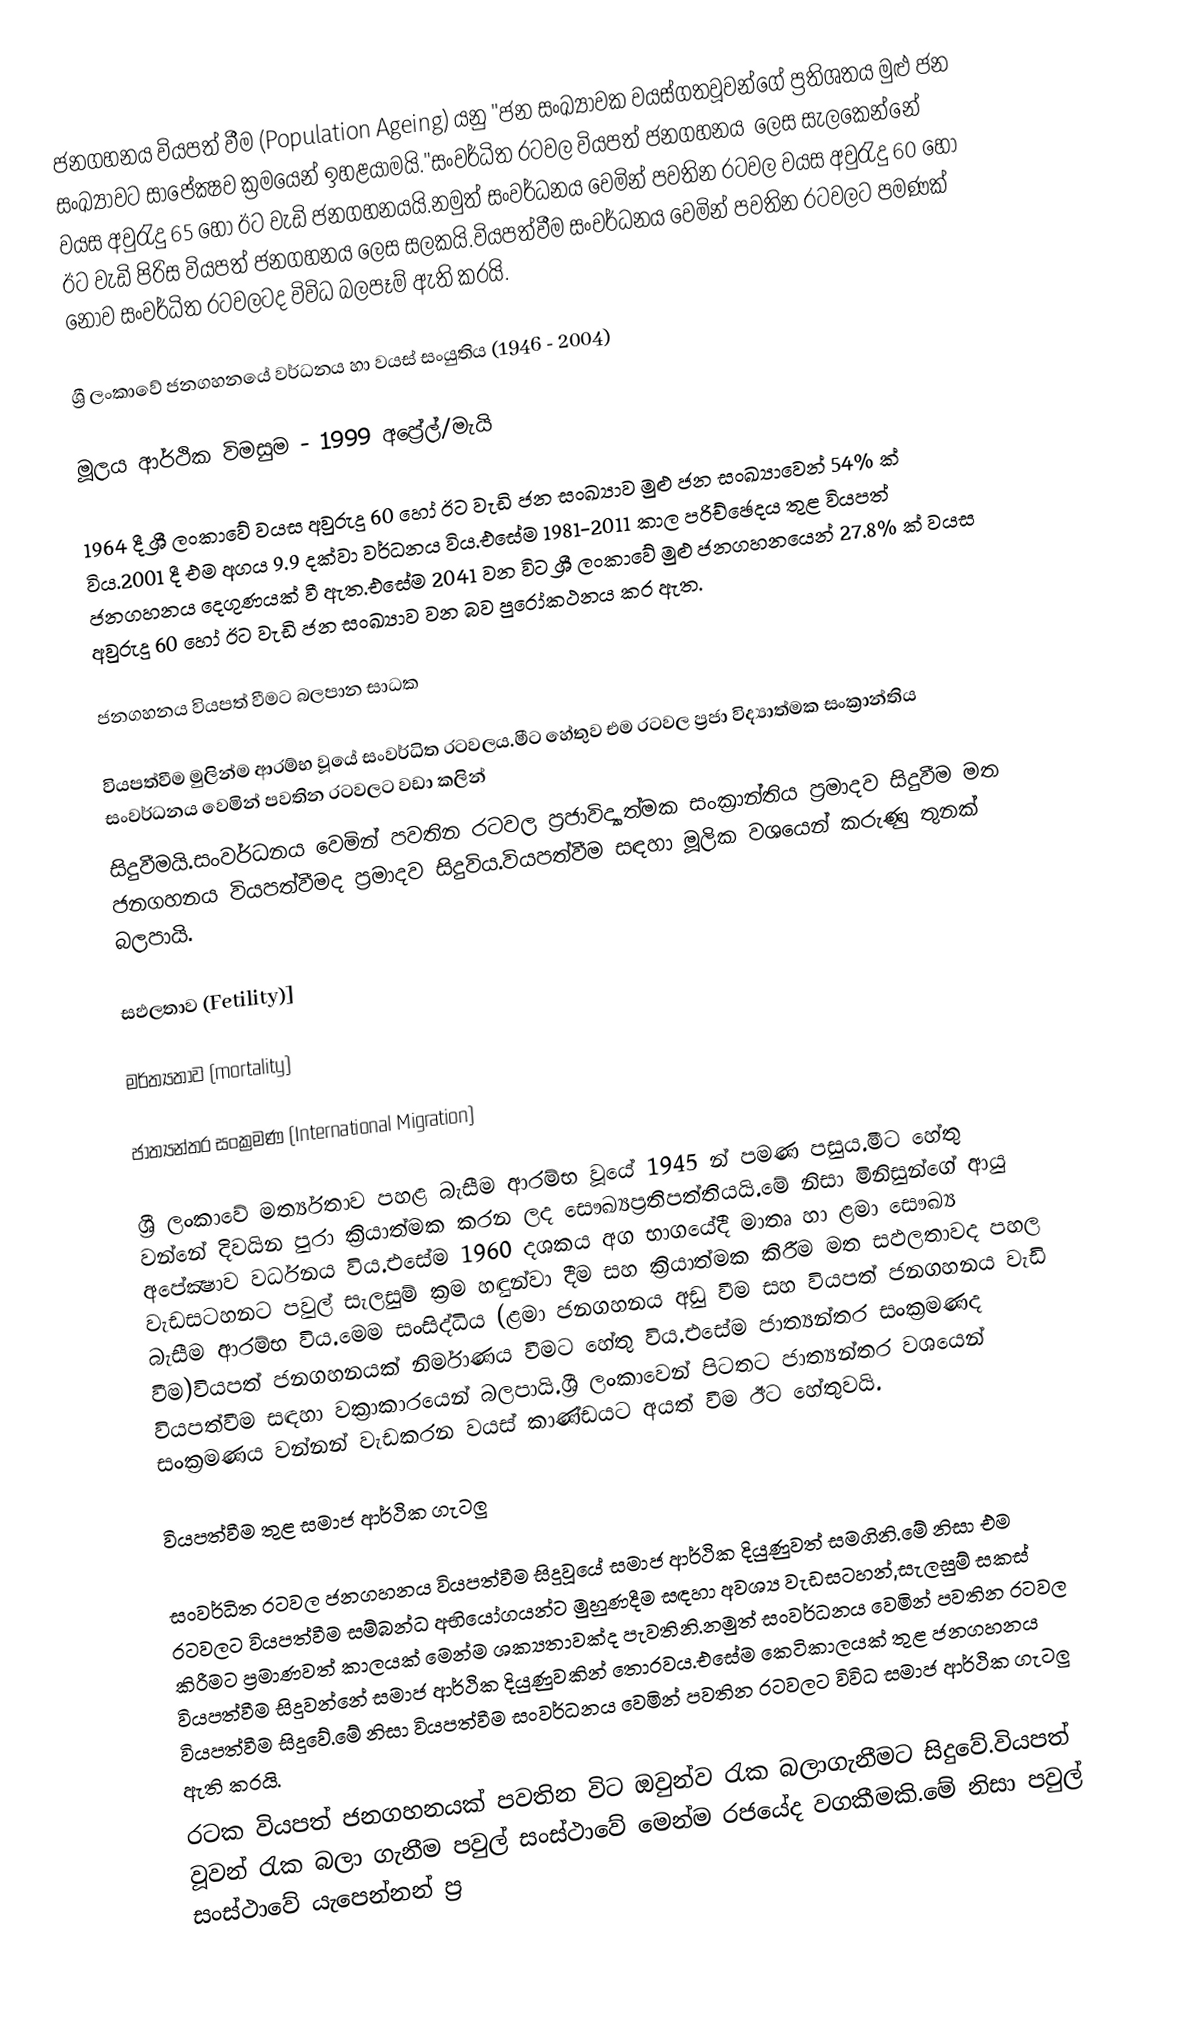
ජනගහනය වියපත් වීම (Population Ageing) යනු "ජන සංඛ්‍යාවක වයස්ගතවූවන්ගේ ප්‍රතිශතය මුළු ජන සංඛ්‍යාවට සාපේක්‍ෂව ක්‍රමයෙන් ඉහළයාමයි."සංවර්ධිත රටවල වියපත් ජන‍ගහනය ‍‍ ‍ලෙස සැලකෙන්නේ වයස අවුරැදු 65 හෝ ඊට වැඩි ජනගහනයයි.නමුත් සංවර්ධනය වෙමින් පවතින රටවල වයස අවුරැදු 60 හෝ ඊට වැඩි පිරිස වියපත් ජනගහන‍ය ලෙස සලකයි.වියපත්වීම සංවර්ධන‍ය වෙමින් පවතින රටවලට පමණක් නොව සංවර්ධිත රටවලටද විවිධ බලපෑම් ඇති කර‍යි.

ශ්‍රී ලංකාවේ ජනගහනයේ වර්ධනය හා වයස් සංයුතිය (1946 - 2004)

මූලය ආර්ථික විමසුම - 1999 අප්‍රේල්/මැයි

1964 දී ශ්‍රී ලංකාවේ වයස අවුරුදු 60 හෝ ඊට වැඩි ජන සංඛ්‍යාව මුළු ජන සංඛ්‍යාවෙන් 54% ක් විය.2001 දී එම අගය 9.9 දක්වා වර්ධනය විය.එසේම 1981-2011 කාල පරිච්ඡෙදය තුළ වියපත් ජනගහනය දෙ‍ගුණයක් වී ඇත.එ‍සේම 2041 වන විට ශ්‍රී ලංකාවේ මුළු ජනගහනයෙන් 27.8% ක් වයස අවුරුදු 60 හෝ ඊට වැඩි ජන සංඛ්‍යාව වන බව පුරෝකථනය කර ඇත.

ජනගහනය වියපත් වීමට බලපාන සාධක

වියපත්වීම මුලින්ම ආරම්භ වූයේ සංවර්ධිත රටවලය.මීට හේතුව එම රටවල ප්‍රජා විද්‍යාත්මක සංක්‍රාන්තිය සංවර්ධනය වෙමින් පවතින රටවලට වඩා කලින්
සිදුවීමයි.සංවර්ධනය වෙමින් පවතින රටවල ප්‍රජාවිද්‍යාත්මක සංක්‍රාන්තිය ප්‍රමාදව සිදුවීම මත ජනගහනය වියපත්වීමද ප්‍රමාදව සිදුවිය.වියපත්වීම සඳහා මූලික වශයෙන් කරුණු තුනක් බලපායි.

සඵලතාව (Fetility)]

මර්ත්‍යතාව (mortality)

ජාත්‍යන්තර සංක්‍රමණ (International Migration)

ශ්‍රී ලංකාවේ මර්ත්‍යතාව පහළ බැසීම ආරම්භ වූයේ 1945 න් පමණ පසුය.මීට හේතු වන්නේ දිවයින පුරා ක්‍රියාත්මක කරන ලද සෞඛ්‍යප්‍රතිපත්තියයි.මේ නිසා මිනිසුන්ගේ ආයු අපේක්‍ෂාව වර්ධනය විය.එසේම 1960 දශකය අග භාගයේදී මාතෘ හා ළමා සෞඛ්‍ය වැඩසටහනට පවුල් සැලසුම් ක්‍රම හඳුන්වා දීම සහ ක්‍රියාත්මක කිරීම මත සඵලතාවද පහල බැසීම ආරම්භ විය.මෙම සංසිද්ධිය (ළමා ජනගහනය අඩු වීම සහ වියපත් ජනගහනය වැඩි වීම)වියපත් ජනගහනයක් නිර්මාණය වීමට හේතු විය.එසේම ජාත්‍යන්තර සංක්‍රමණද   වියපත්වීම සඳහා වක්‍රාකාරයෙන් බලපායි.ශ්‍රී ලංකාවෙන් පිටතට ජාත්‍යන්තර වශයෙන් සංක්‍රමණය වන්නන් වැඩකරන වයස් කාණ්ඩයට අයත් වීම ඊට හේතුවයි.

වියපත්වීම තුළ සමාජ ආර්ථික ගැටලු

සංවර්ධිත රටවල ජනගහනය වියපත්වීම සිදුවූයේ සමාජ ආර්ථික දියුණුවත් සමගිනි.මේ නිසා එම රටවලට වියපත්වීම සම්බන්ධ අභියෝගයන්ට මුහුණදීම සඳහා අවශ්‍ය වැඩසටහන්,සැලසුම් සකස් කිරීමට ප්‍රමාණවත් කාලයක් මෙන්ම ශක්‍යතාවක්ද පැවතිනි.නමුත් සංවර්ධනය වෙමින් පවතින රටවල වියපත්වීම සිදුවන්නේ සමාජ ආර්ථික දියුණුවකින් තොරවය.එසේම කෙටිකාලයක් තුළ ජනගහනය වියපත්වීම සිදුවේ.මේ නිසා වියපත්වීම සංවර්ධනය වෙමින් පවතින රටවලට විවිධ සමාජ ආර්ථික ගැටලු ඇති කරයි.
රටක වියපත් ජනගහනයක් පවතින විට ඔවුන්ව රැක බලාගැනීමට සිදුවේ.වියපත් වූවන් රැක බලා ගැනීම පවුල් සංස්ථාවේ මෙන්ම රජයේද වගකීමකි.මේ නිසා පවුල් සංස්ථාවේ යැපෙන්නන් ප්‍ර